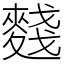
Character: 䴼